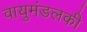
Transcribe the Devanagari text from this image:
वायुमंडलकी